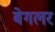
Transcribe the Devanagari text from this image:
बेगलर